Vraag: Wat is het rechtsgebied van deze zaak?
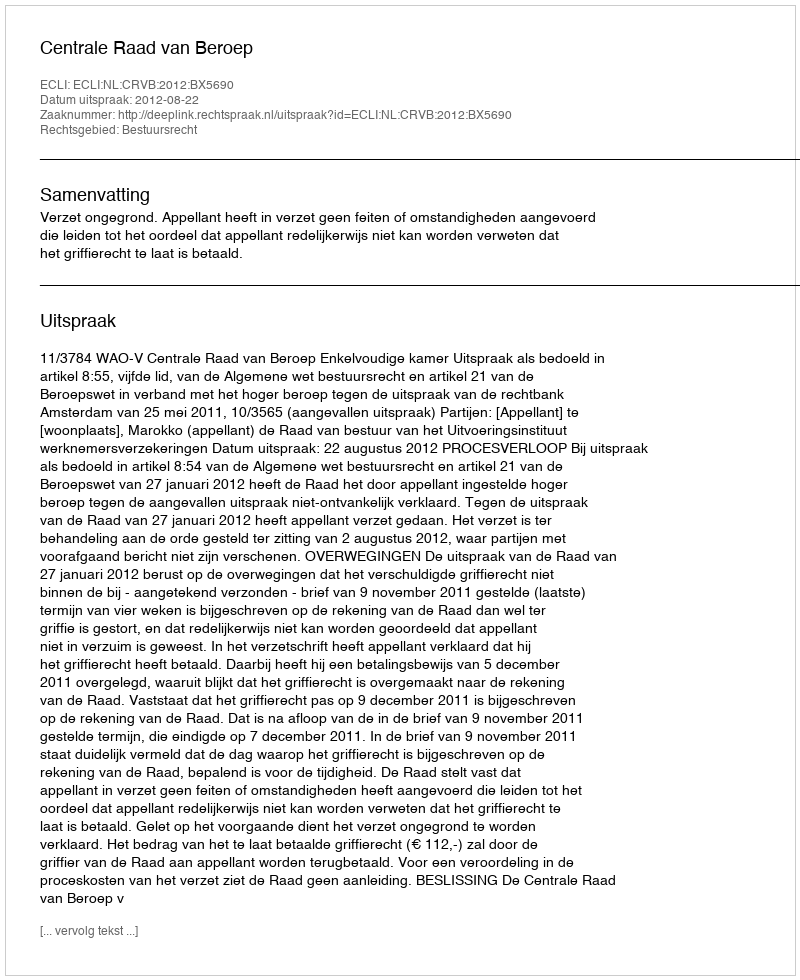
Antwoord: Bestuursrecht